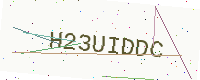
Text: H23UIDDC